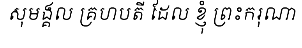
សុមង្គល គ្រហបតី ដែល ខ្ញុំ ព្រះករុណា